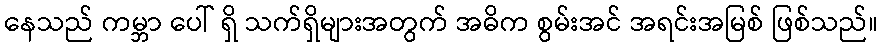
နေသည် ကမ္ဘာ ပေါ် ရှိ သက်ရှိများအတွက် အဓိက စွမ်းအင် အရင်းအမြစ် ဖြစ်သည်။